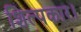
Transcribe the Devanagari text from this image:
शिल्पकार।